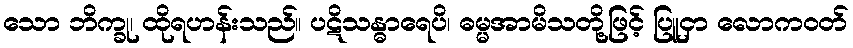
သော ဘိက္ခု၊ ထိုရဟန်းသည်။ ပဋိသန္ဓာရေပိ၊ ဓမ္မအာမိသတို့ဖြင့် ပြူငှာ လောကဝတ်